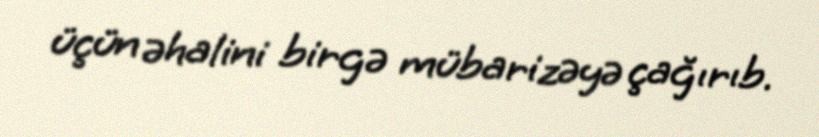
üçün əhalini birgə mübarizəyə çağırıb.